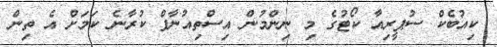
ކިއުބެކް ސުޕީރިއާ ކޯޓުގެ މި ނިންމުން އިސްތިއުނާފް ކުރާނެ ކަމަށް އެ ތިން